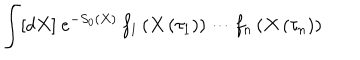
LaTeX: \int [ d X ] \ e ^ { - S _ { 0 } \left( X \right) } \, f _ { 1 } \left( X \left( \tau _ { 1 } \right) \right) \cdots f _ { n } \left( X \left( \tau _ { n } \right) \right)